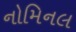
નોમિનલ